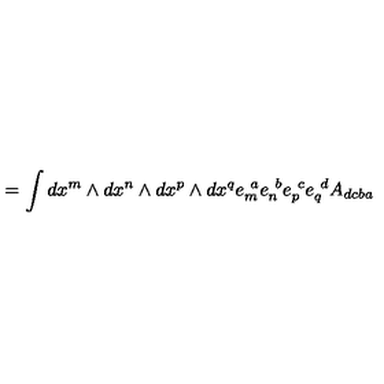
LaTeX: = \int d x ^ { m } \wedge d x ^ { n } \wedge d x ^ { p } \wedge d x ^ { q } e _ { m } ^ { \ a } e _ { n } ^ { \ b } e _ { p } ^ { \ c } e _ { q } ^ { \ d } A _ { d c b a }